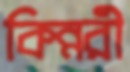
কিন্নরী